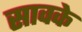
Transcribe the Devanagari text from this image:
सावके